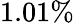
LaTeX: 1.01\%